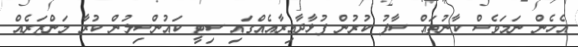
އެހެން ނަމަވެސް ކާނުތައް ސާފު ކުރުން ފުޅާދާއިރާއެއްގައި ސިޓީ ކައުންސިލުން ކުރާ މަންޒަރެއް